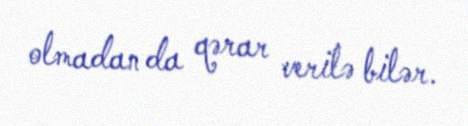
olmadan da qərar verilə bilər.